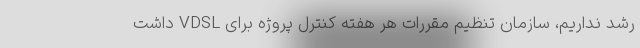
رشد نداریم، سازمان تنظیم مقررات هر هفته کنترل پروژه برای VDSL داشت